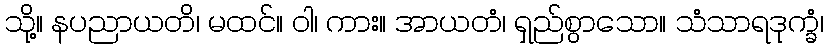
သို့။ နပညာယတိ၊ မထင်။ ဝါ၊ ကား။ အာယတံ၊ ရှည်စွာသော။ သံသာရဒုက္ခံ၊